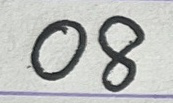
08